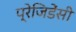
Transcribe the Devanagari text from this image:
प्रेजिडेंसी